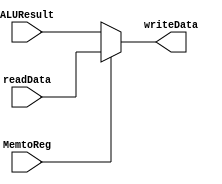
`timescale 1ns / 1ps
//////////////////////////////////////////////////////////////////////////////////
// Company: 
// Engineer: 
// 
// Design Name: 
// Module Name:    writeBack 
// Project Name: 
// Target Devices: 
// Tool versions: 
// Description: 
//
// Dependencies: 
//
// Revision: 
// Revision 0.01 - File Created
// Additional Comments: 
//
//////////////////////////////////////////////////////////////////////////////////
module writeBack(
	input MemtoReg,input[31:0] readData,input[31:0] ALUResult,
	output[31:0] writeData
    );
	assign writeData= MemtoReg==1?readData:ALUResult;
	
endmodule